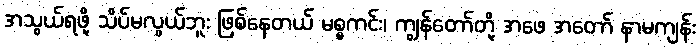
အသွယ်ရဖို့ သိပ်မလွယ်ဘူး ဖြစ်နေတယ် မစ္စကင်း၊ ကျွန်တော်တို့ အဖေ အတော် နာမကျန်း